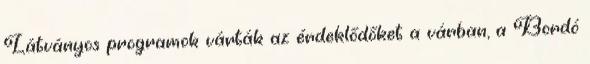
Látványos programok várták az érdeklődőket a várban, a Bordó